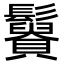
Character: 𩯿